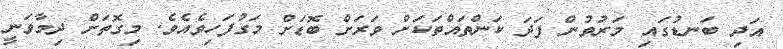
އަދި ބަނޑުގައި މަރުވުން ފަދަ ކަންތައްތަކަށް ވަރަށް ބޮޑަށް މަގުފަހިވެއެވެ. މިގޮތަށް ދިމާވަނީ